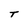
Character: T